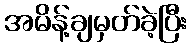
အမိန့်ချမှတ်ခဲ့ပြီး